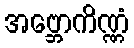
အဗ္ဘောကိဏ္ဏံ